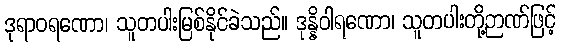
ဒုရာဝရဏော၊ သူတပါးမြစ်နိုင်ခဲသည်။ ဒုန္နိဝါရဏော၊ သူတပါးတို့ဉာဏ်ဖြင့်